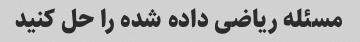
مسئله ریاضی داده شده را حل کنید